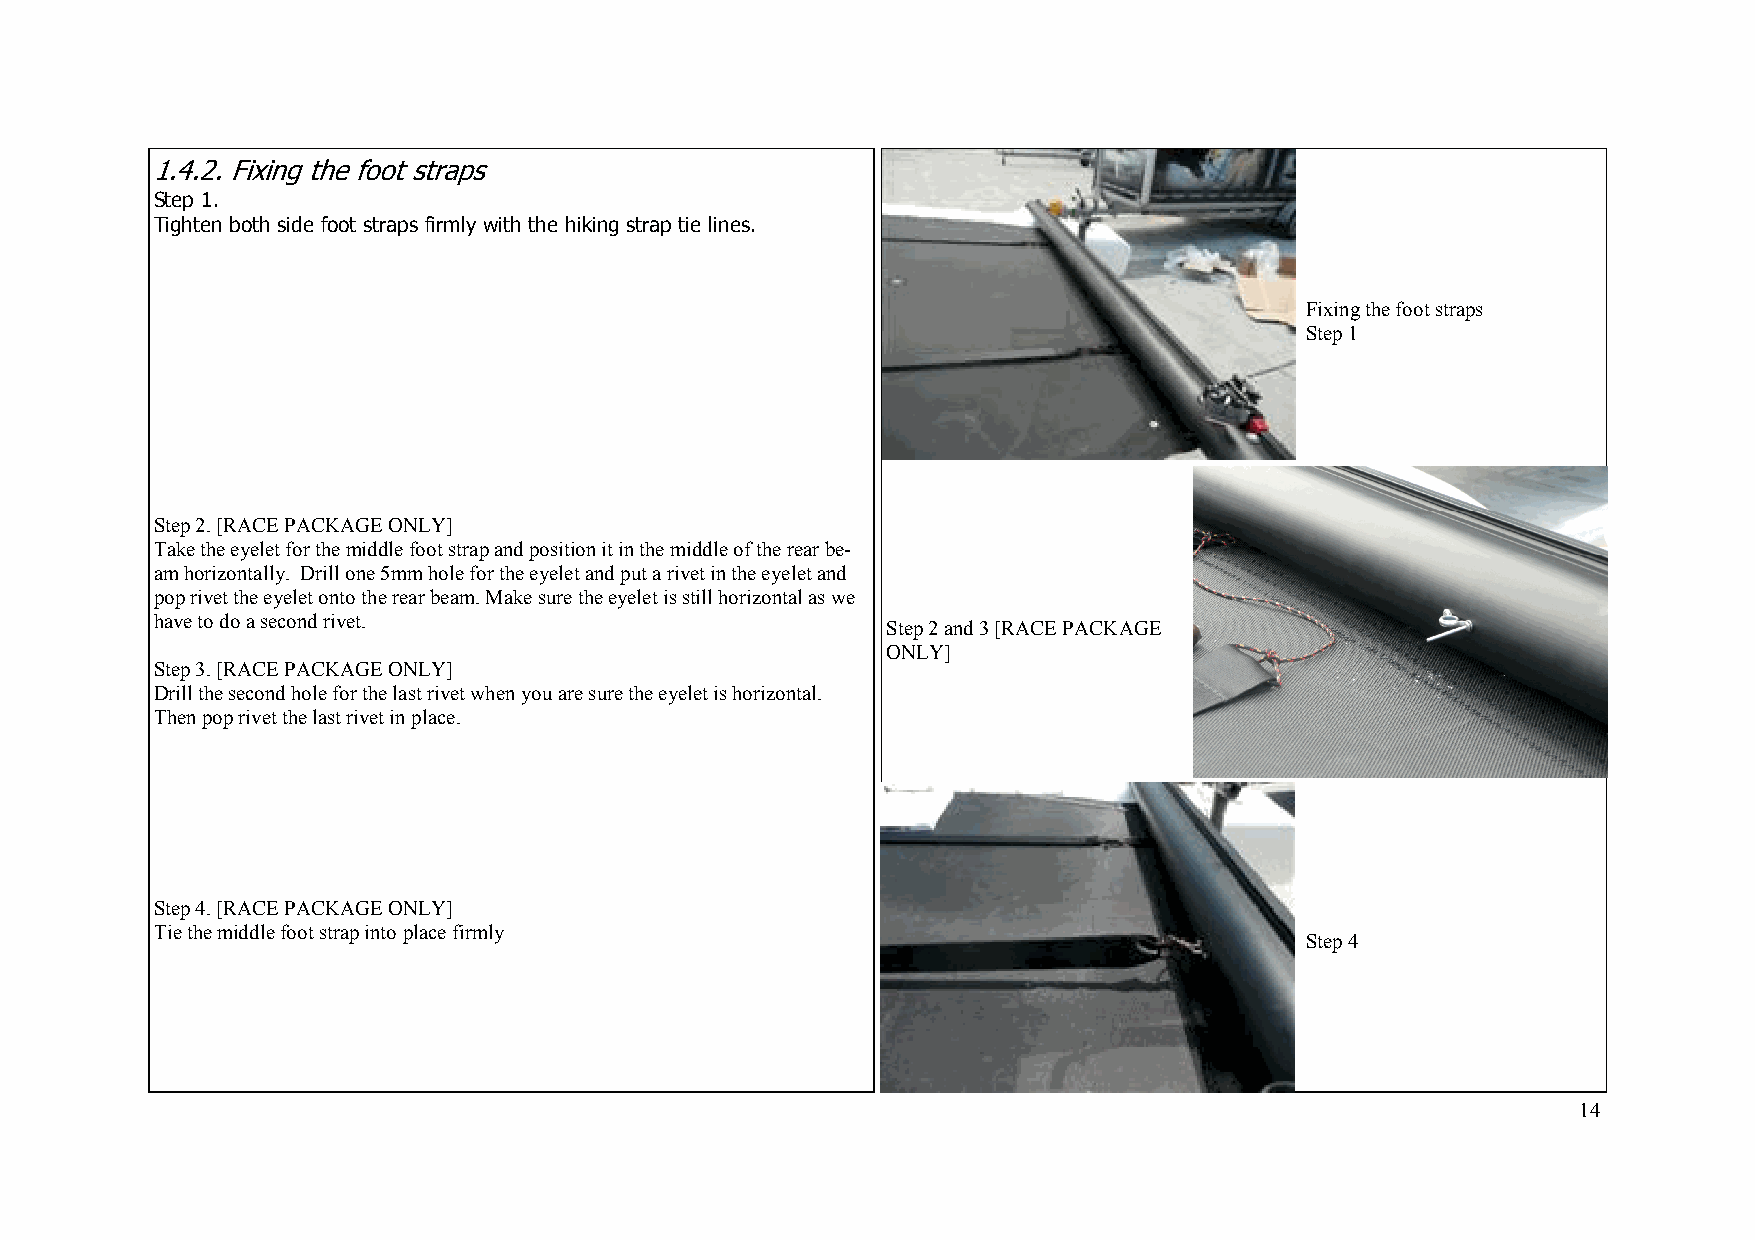
1 .4.2. Fixing the foot straps
 Step 1.
 Tighten both side foot straps firmly with the hiking strap tie lines.
 Fixing the foot straps
 Step 1
 Step 2. [RACE PACKAGE ONLY]
 Take the eyelet for the middle foot strap and position it in the middle of the rear be-
 am horizontally. Drill one 5mm hole for the eyelet and put a rivet in the eyelet and
 pop rivet the eyelet onto the rear beam. Make sure the eyelet is still horizontal as we
 have to do a second rivet.
 Step 2 and 3 [RACE PACKAGE
 ONLY]
 Step 3. [RACE PACKAGE ONLY]
 Drill the second hole for the last rivet when you are sure the eyelet is horizontal.
 Then pop rivet the last rivet in place.
 Step 4. [RACE PACKAGE ONLY]
 Tie the middle foot strap into place firmly
 Step 4
 14